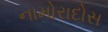
નામોરાદોસ